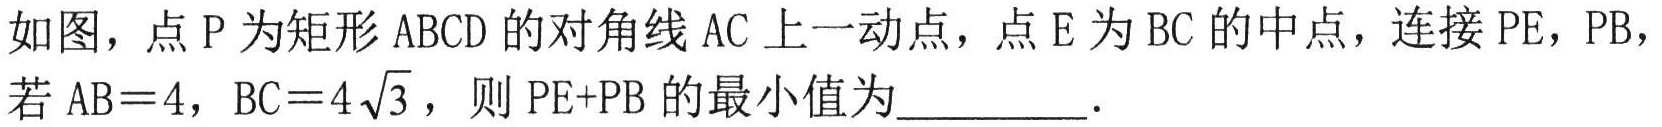
如图，点\(P\)为矩形\(ABCD\)的对角线\(AC\)上一动点，点\(E\)为\(BC\)的中点，连接\(PE\)，\(PB\)，若\(AB = 4\)，\(BC = 4\sqrt{3}\)，则\(PE + PB\)的最小值为_________.